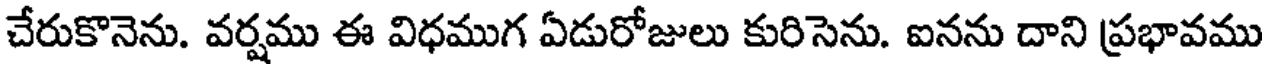
చేరుకొనెను. వర్షము ఈ విధముగ ఏడురోజులు కురిసెను. ఐనను దాని ప్రభావము